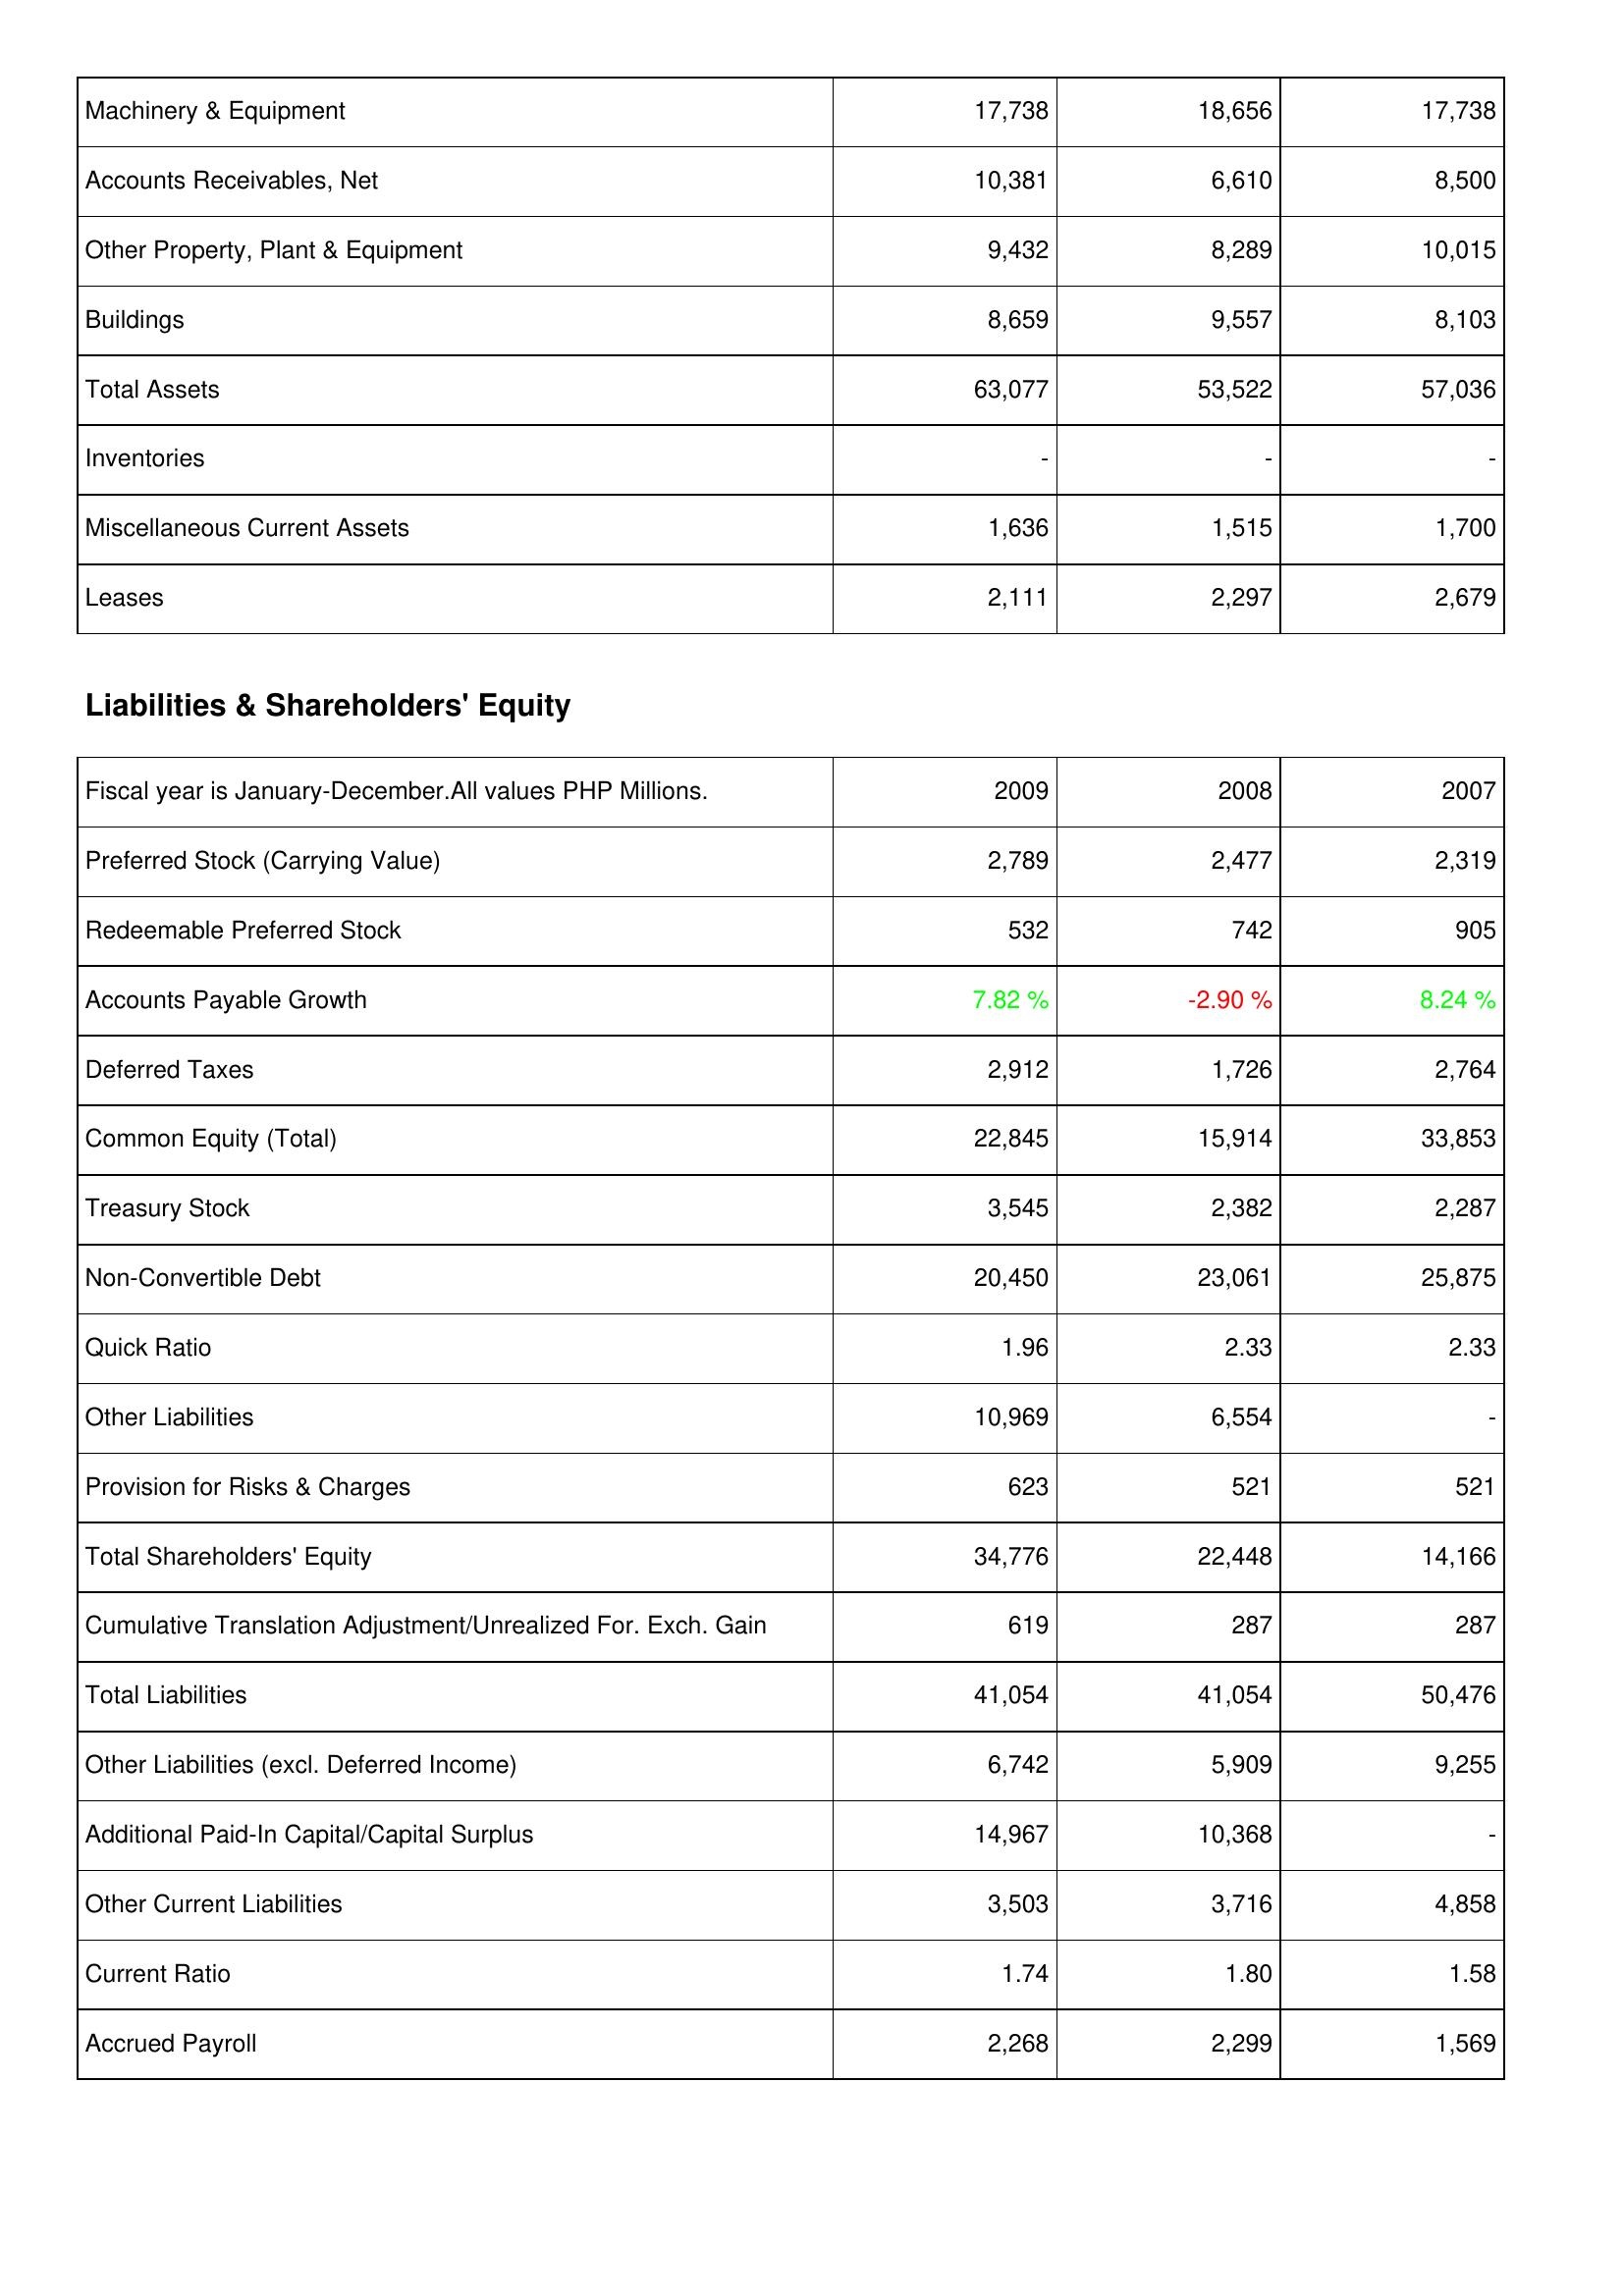
2009: Assets: Machinery & Equipment: 17,738
Accounts Receivables, Net: 10,381
Other Property, Plant & Equipment: 9,432
Buildings: 8,659
Total Assets: 63,077
Inventories: -
Miscellaneous Current Assets: 1,636
Leases: 2,111
Liabilities & Shareholders' Equity: Preferred Stock (Carrying Value): 2,789
Redeemable Preferred Stock: 532
Accounts Payable Growth: 7.82 %
Deferred Taxes: 2,912
Common Equity (Total): 22,845
Treasury Stock: 3,545
Non-Convertible Debt: 20,450
Quick Ratio: 1.96
Other Liabilities: 10,969
Provision for Risks & Charges: 623
Total Shareholders' Equity: 34,776
Cumulative Translation Adjustment/Unrealized For. Exch. Gain: 619
Total Liabilities: 41,054
Other Liabilities (excl. Deferred Income): 6,742
Additional Paid-In Capital/Capital Surplus: 14,967
Other Current Liabilities: 3,503
Current Ratio: 1.74
Accrued Payroll: 2,268
2008: Assets: Machinery & Equipment: 18,656
Accounts Receivables, Net: 6,610
Other Property, Plant & Equipment: 8,289
Buildings: 9,557
Total Assets: 53,522
Inventories: -
Miscellaneous Current Assets: 1,515
Leases: 2,297
Liabilities & Shareholders' Equity: Preferred Stock (Carrying Value): 2,477
Redeemable Preferred Stock: 742
Accounts Payable Growth: -2.90 %
Deferred Taxes: 1,726
Common Equity (Total): 15,914
Treasury Stock: 2,382
Non-Convertible Debt: 23,061
Quick Ratio: 2.33
Other Liabilities: 6,554
Provision for Risks & Charges: 521
Total Shareholders' Equity: 22,448
Cumulative Translation Adjustment/Unrealized For. Exch. Gain: 287
Total Liabilities: 41,054
Other Liabilities (excl. Deferred Income): 5,909
Additional Paid-In Capital/Capital Surplus: 10,368
Other Current Liabilities: 3,716
Current Ratio: 1.80
Accrued Payroll: 2,299
2007: Assets: Machinery & Equipment: 17,738
Accounts Receivables, Net: 8,500
Other Property, Plant & Equipment: 10,015
Buildings: 8,103
Total Assets: 57,036
Inventories: -
Miscellaneous Current Assets: 1,700
Leases: 2,679
Liabilities & Shareholders' Equity: Preferred Stock (Carrying Value): 2,319
Redeemable Preferred Stock: 905
Accounts Payable Growth: 8.24 %
Deferred Taxes: 2,764
Common Equity (Total): 33,853
Treasury Stock: 2,287
Non-Convertible Debt: 25,875
Quick Ratio: 2.33
Other Liabilities: -
Provision for Risks & Charges: 521
Total Shareholders' Equity: 14,166
Cumulative Translation Adjustment/Unrealized For. Exch. Gain: 287
Total Liabilities: 50,476
Other Liabilities (excl. Deferred Income): 9,255
Additional Paid-In Capital/Capital Surplus: -
Other Current Liabilities: 4,858
Current Ratio: 1.58
Accrued Payroll: 1,569